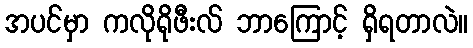
အပင်မှာ ကလိုရိုဖီးလ် ဘာကြောင့် ရှိရတာလဲ။